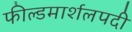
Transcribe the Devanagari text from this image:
फील्डमार्शलपदी